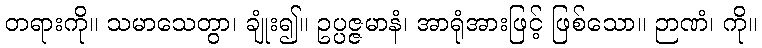
တရားကို။ သမာသေတွာ၊ ချုံး၍။ ဥပ္ပဇ္ဇမာနံ၊ အာရုံအားဖြင့် ဖြစ်သော။ ဉာဏံ၊ ကို။